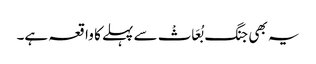
یہ بھی جنگ بُعَاثْ سے پہلے کا واقعہ ہے۔